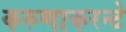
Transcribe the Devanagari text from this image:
करुणाकरन्टे